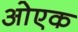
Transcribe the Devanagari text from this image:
ओएक